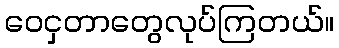
ဝေငှတာတွေလုပ်ကြတယ်။